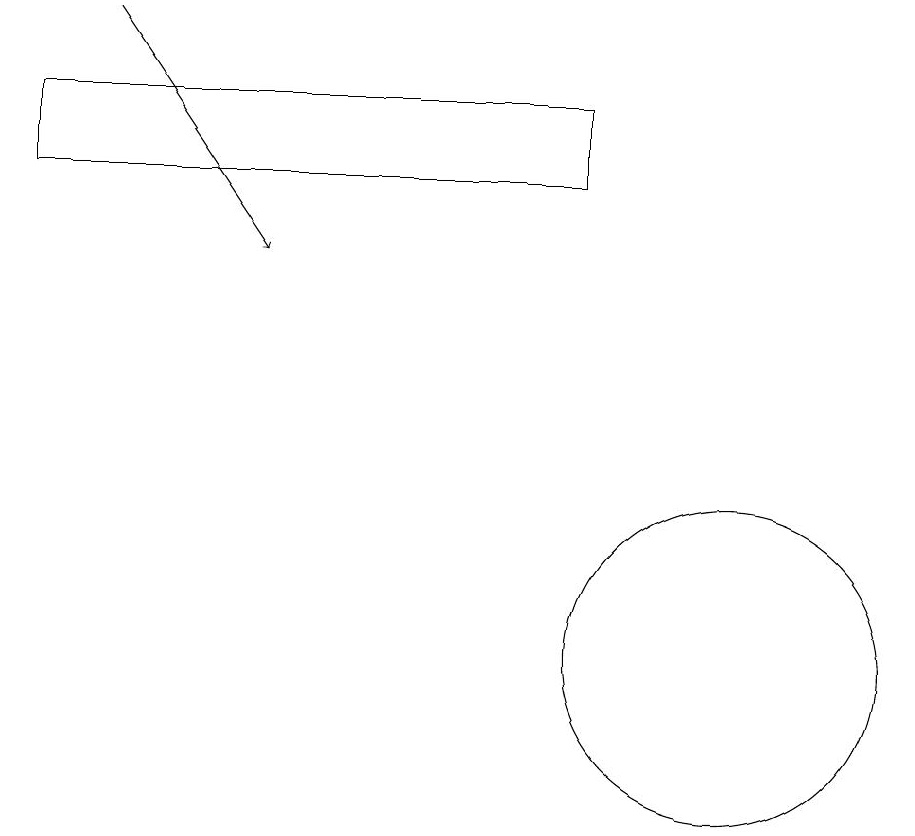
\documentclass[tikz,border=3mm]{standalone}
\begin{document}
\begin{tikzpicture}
\draw (2,18) rectangle (9,17);
\draw (10,10) circle (0);
\draw (11,11) circle (2);
\draw[->] (3,19) -- (5,16);
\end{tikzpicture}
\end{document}